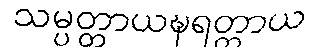
သမ္ပတ္တာယဍ္ဎရတ္တာယ